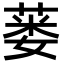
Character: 蒌